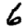
Digit: 6